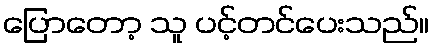
ပြောတော့ သူ ပင့်တင်ပေးသည်။